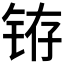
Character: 𲇻